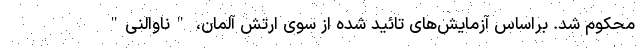
محکوم شد. براساس آزمایش‌های تائید شده از سوی ارتش آلمان، "ناوالنی"